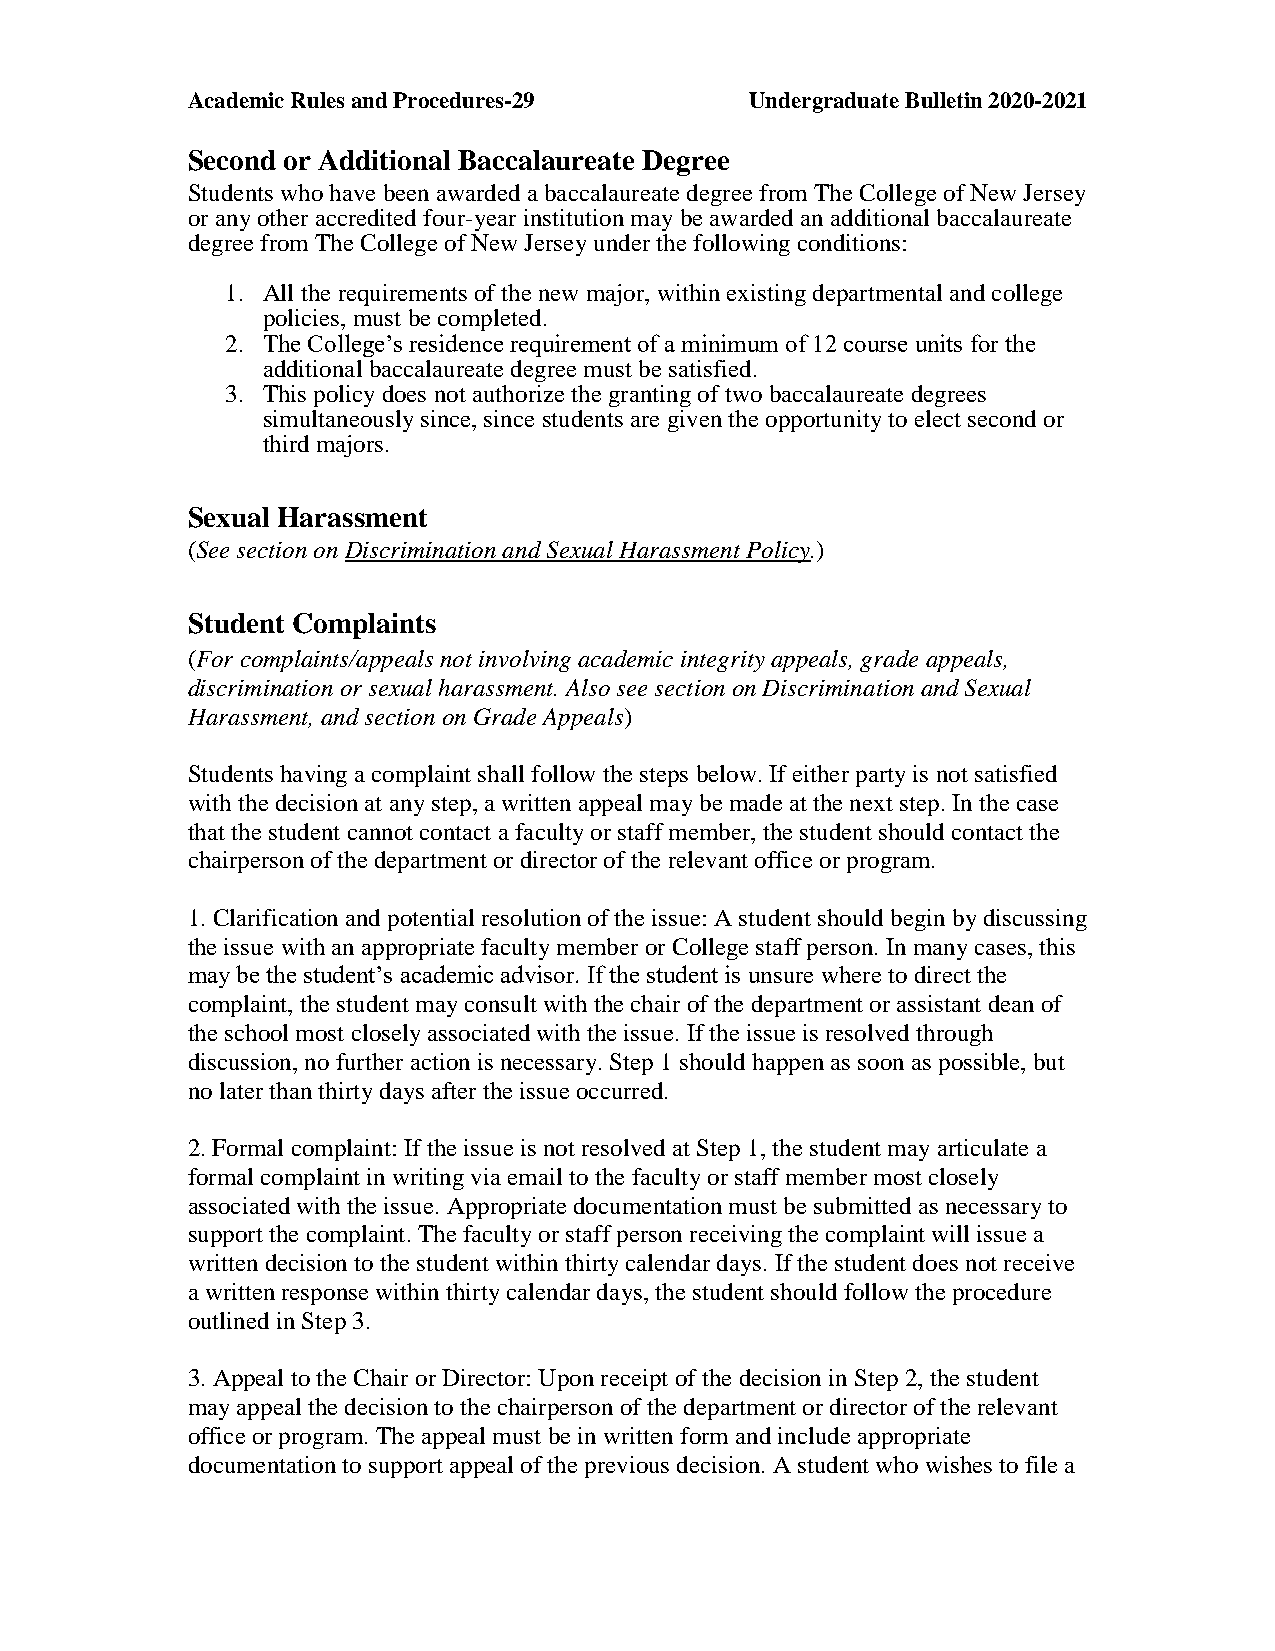
Academic Rules and Procedures-29      Undergraduate Bulletin 2020-2021
 Second or Additional Baccalaureate Degree
 Students who have been awarded a baccalaureate degree from The College of New Jersey
 or any other accredited four-year institution may be awarded an additional baccalaureate
 degree from The College of New Jersey under the following conditions:
 1. All the requirements of the new major, within existing departmental and college
 policies, must be completed.
 2. The College’s residence requirement of a minimum of 12 course units for the
 additional baccalaureate degree must be satisfied.
 3. This policy does not authorize the granting of two baccalaureate degrees
 simultaneously since, since students are given the opportunity to elect second or
 third majors.
 Sexual Harassment
 (See section on Discrimination and Sexual Harassment Policy.)
 Student Complaints
 (For complaints/appeals not involving academic integrity appeals, grade appeals,
 discrimination or sexual harassment. Also see section on Discrimination and Sexual
 Harassment, and section on Grade Appeals)
 Students having a complaint shall follow the steps below. If either party is not satisfied
 with the decision at any step, a written appeal may be made at the next step. In the case
 that the student cannot contact a faculty or staff member, the student should contact the
 chairperson of the department or director of the relevant office or program.
 1. Clarification and potential resolution of the issue: A student should begin by discussing
 the issue with an appropriate faculty member or College staff person. In many cases, this
 may be the student’s academic advisor. If the student is unsure where to direct the
 complaint, the student may consult with the chair of the department or assistant dean of
 the school most closely associated with the issue. If the issue is resolved through
 discussion, no further action is necessary. Step 1 should happen as soon as possible, but
 no later than thirty days after the issue occurred.
 2. Formal complaint: If the issue is not resolved at Step 1, the student may articulate a
 formal complaint in writing via email to the faculty or staff member most closely
 associated with the issue. Appropriate documentation must be submitted as necessary to
 support the complaint. The faculty or staff person receiving the complaint will issue a
 written decision to the student within thirty calendar days. If the student does not receive
 a written response within thirty calendar days, the student should follow the procedure
 outlined in Step 3.
 3. Appeal to the Chair or Director: Upon receipt of the decision in Step 2, the student
 may appeal the decision to the chairperson of the department or director of the relevant
 office or program. The appeal must be in written form and include appropriate
 documentation to support appeal of the previous decision. A student who wishes to file a